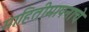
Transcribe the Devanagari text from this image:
माहितीमापनाचे